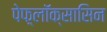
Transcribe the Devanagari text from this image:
पेफ़्लॉक्सासिन